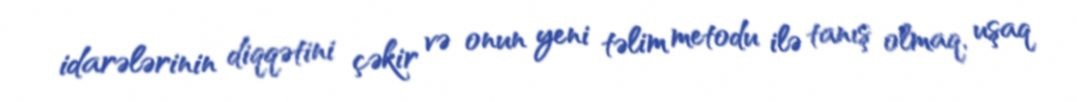
idarələrinin diqqətini çəkir və onun yeni təlim metodu ilə tanış olmaq, uşaq